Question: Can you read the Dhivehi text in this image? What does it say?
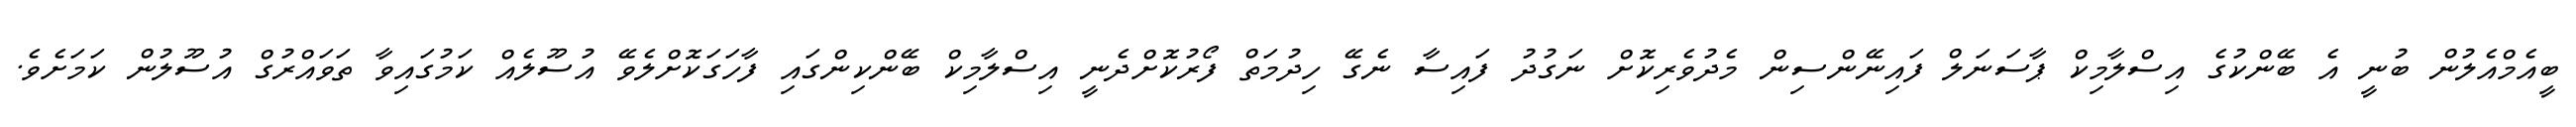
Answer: ބީއެމްއެލުން ބުނީ އެ ބޭންކުގެ އިސްލާމިކް ޕާސަނަލް ފައިނޭންސިން މެދުވެރިކޮށް ނަގުދު ފައިސާ ނެގޭ ހިދުމަތް ފޯރުކޮށްދެނީ އިސްލާމިކް ބޭންކިންގައި ފާހަގަކޮށްލެވޭ އުސޫލެއް ކަމުގައިވާ ތަވައްރުގް އުސޫލުން ކަމަށެވެ.